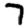
Digit: 7